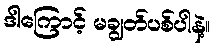
ဒါကြောင့် မချွတ်ပစ်ပါနဲ့။